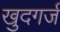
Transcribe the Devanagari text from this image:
खुदगर्ज